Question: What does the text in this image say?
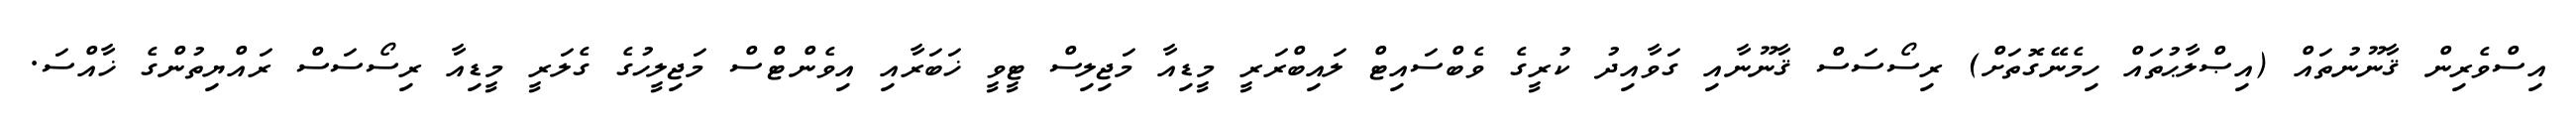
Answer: އިސްވެރިން ޤާނޫނުތައް (އިޞްލާޙުތައް ހިމެނޭގޮތަށް) ރިސޯސަސް ޤާނޫނާއި ގަވާއިދު ކުރީގެ ވެބްސައިޓް ލައިބްރަރީ މީޑިއާ މަޖިލިސް ޓީވީ ޚަބަރާއި އިވެންޓްސް މަޖިލީހުގެ ގެލަރީ މީޑިއާ ރިސޯސަސް ރައްޔިތުންގެ ޚާއްސަ.